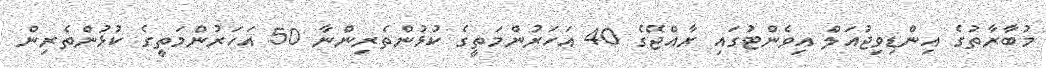
މުބާރާތުގެ އިންޑިވިޖުއަލް އިވެންޓުގައި ރާއްޖޭގެ 40 އަހަރުންމަތީގެ ކުޅުންތެރިންނާ 50 އަހަރުންމަތީގެ ކުޅުންތެރިން